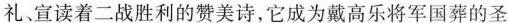
礼、宣读着二战胜利的赞美诗，它成为戴高乐将军国葬的圣